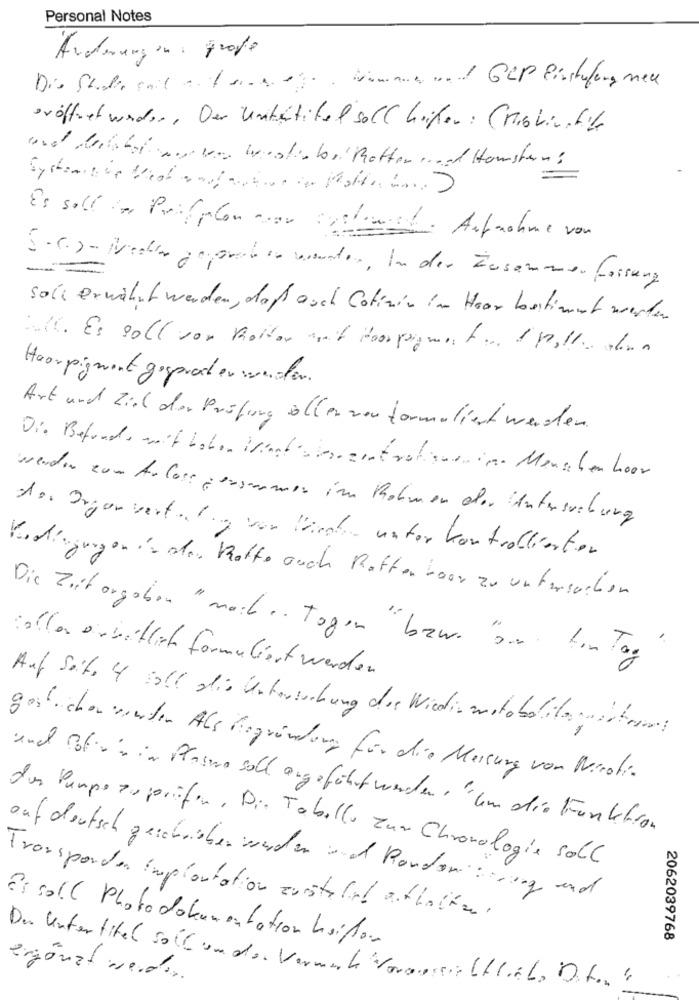
Personal Notes
Änderungen : große
-
eröffnet wander, Der Untertitel soll heißen : Cristinafit
und derkabel muren westenbei Ratten und Houston :
Systemsis Wheat andfortune in Motion in. )
Es soll for Profilon nor Systemet. Aufnahme von
S .r.)- Neden gegraben wonder, In der Zusammenfassung
soll erwähnt werden, daß auch Cotinin in Haar bestimmt werden
Null. Er soll vor Potter ant Hopaymentand pollo dun
Hoorpigment gepresder wunder.
Art und Ziel der Prüfung aller non formaliert werden.
Die Befunde mit hoher Wingbürgertrotsuenige Menschen hoor
werden zum Arloss gersarmen im Rahmen der Untersuchung
des Organvertaling von Würden unter kontrollierten
Kodingungen in der Kofte auch Raften boer zu untersuchen
Die Zeit orgaben " mail .. Togen " bzw. " Sur ton Tag
toller orbitlich formuliert werden
Auf Seite 4 soll die Untersuchung der Wieder metabolilamitters
gestrichen werden Als Begründer für die Meisung von Mirati.
und Blir in Plasmo soll argeführt werden. "um die Funktion
der Pumpe so porifen, Die Tabelle zu Chronologie soll
auf deutsch geschrieben werden und Rondon seeing and
transponder implantation custatil athoiran.
Er soll Photodokumentation heißen
2062039768
Du Untertitel soll un der Vermek Voraussir Ullih. Dit .. "
ergänzt werden.